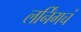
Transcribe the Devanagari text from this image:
लर्निंगचं